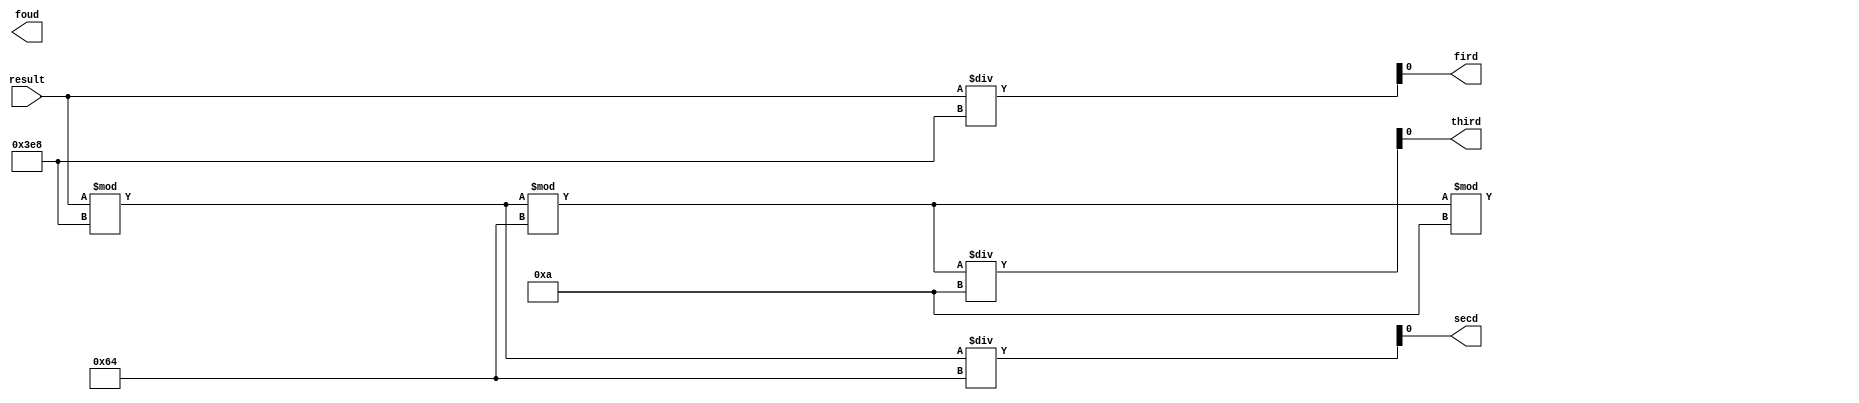
`timescale 1ns / 1ps
//////////////////////////////////////////////////////////////////////////////////
// Company: 
// Engineer: 
// 
// Design Name: 
// Module Name: converter
// Project Name: 
// Target Devices: 
// Tool Versions: 
// Description: 
// 
// Dependencies: 
// 
// Revision:
// Revision 0.01 - File Created
// Additional Comments:
// 
//////////////////////////////////////////////////////////////////////////////////


module converter(input result , output fird,secd,third,foud);

assign fird= result /1000 ; 
assign secd = (result%1000)/100 ; 
assign third = ((result%1000)%100)/10 ; 
assign secd = ((result%1000)%100)%10  ; 

endmodule